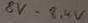
Text: 8v-8,4V